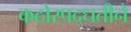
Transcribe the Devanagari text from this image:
कठोरपद्धतीने